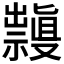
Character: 𱵳